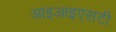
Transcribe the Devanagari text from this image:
आइआइएसटी